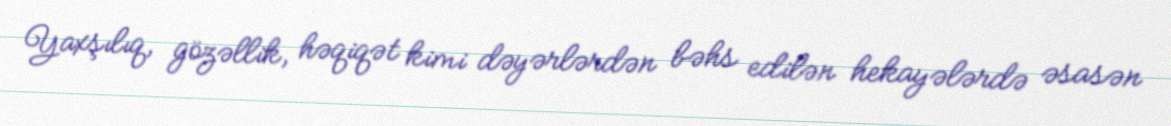
Yaxşılıq, gözəllik, həqiqət kimi dəyərlərdən bəhs edilən hekayələrdə əsasən